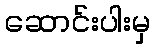
ဆောင်းပါးမှ